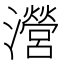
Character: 瀯